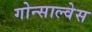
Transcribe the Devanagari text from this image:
गोन्साल्वेस